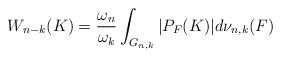
LaTeX: \begin{align*}W_{n-k}(K)=\frac{\omega_n}{\omega_k}\int_{G_{n,k}}|P_F(K)|d\nu_{n,k}(F)\end{align*}